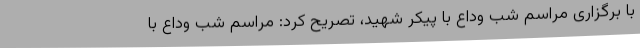
با برگزاری مراسم شب وداع با پیکر شهید، تصریح کرد: مراسم شب وداع با